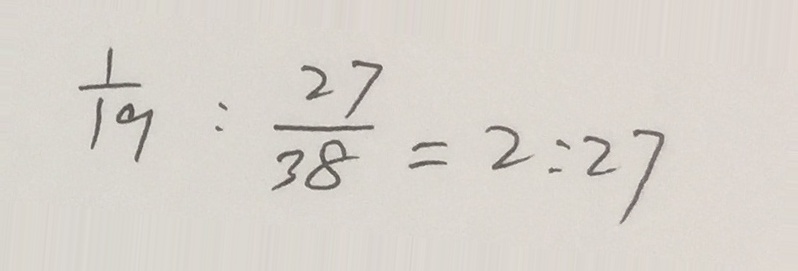
\frac { 1 } { 1 9 } : \frac { 2 7 } { 3 8 } = 2 : 2 7